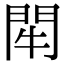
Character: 𨳯